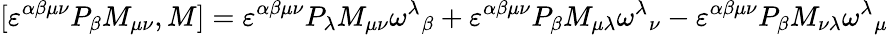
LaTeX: [{\varepsilon^{\alpha\beta\mu\nu}}{P_{\beta}}{M_{\mu\nu}},M]={\varepsilon^{\alpha\beta\mu\nu}}{P_{\lambda}}{M_{\mu\nu}}{\omega^{\lambda}}_{\beta}+{\varepsilon^{\alpha\beta\mu\nu}}{P_{\beta}}{M_{\mu\lambda}}{\omega^{\lambda}}_{\nu}-{\varepsilon^{\alpha\beta\mu\nu}}{P_{\beta}}{M_{\nu\lambda}}{\omega^{\lambda}}_{\mu}